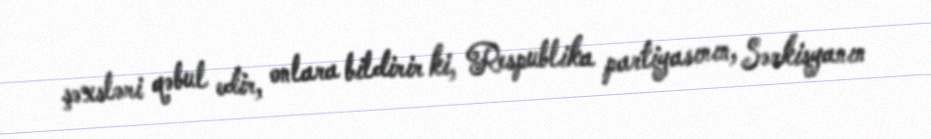
şəxsləri qəbul edir, onlara bildirir ki, Respublika partiyasının, Sərkisyanın